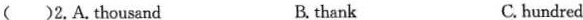
( )2. A.thousand B. thank C. hundred